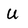
Character: U